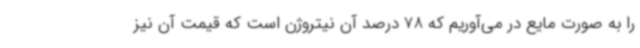
را به صورت مایع در می‌آوریم که 78 درصد آن نیتروژن است که قیمت آن نیز